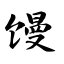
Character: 馒